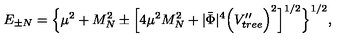
E _ { \pm N } = \Big \lbrace \mu ^ { 2 } + M _ { N } ^ { 2 } \pm \Big \lbrack 4 \mu ^ { 2 } M _ { N } ^ { 2 } + | \bar { \Phi } | ^ { 4 } \Big ( V _ { t r e e } ^ { \prime \prime } \Big ) ^ { 2 } \Big \rbrack ^ { 1 / 2 } \Big \rbrace ^ { 1 / 2 } ,